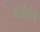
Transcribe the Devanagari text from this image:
चालीसेची